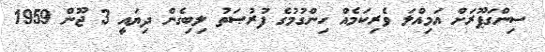
ސިންގަޕޫރަށް އަމިއްލަ ވެރިކަމެއް ހިންގުމުގެ ފުރުޞަތު ލިބިގެން ދިޔައީ 3 ޖޫން 1959